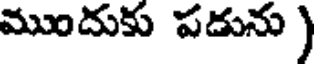
ముందుకు పడును )